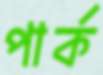
পার্ক